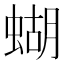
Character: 蝴